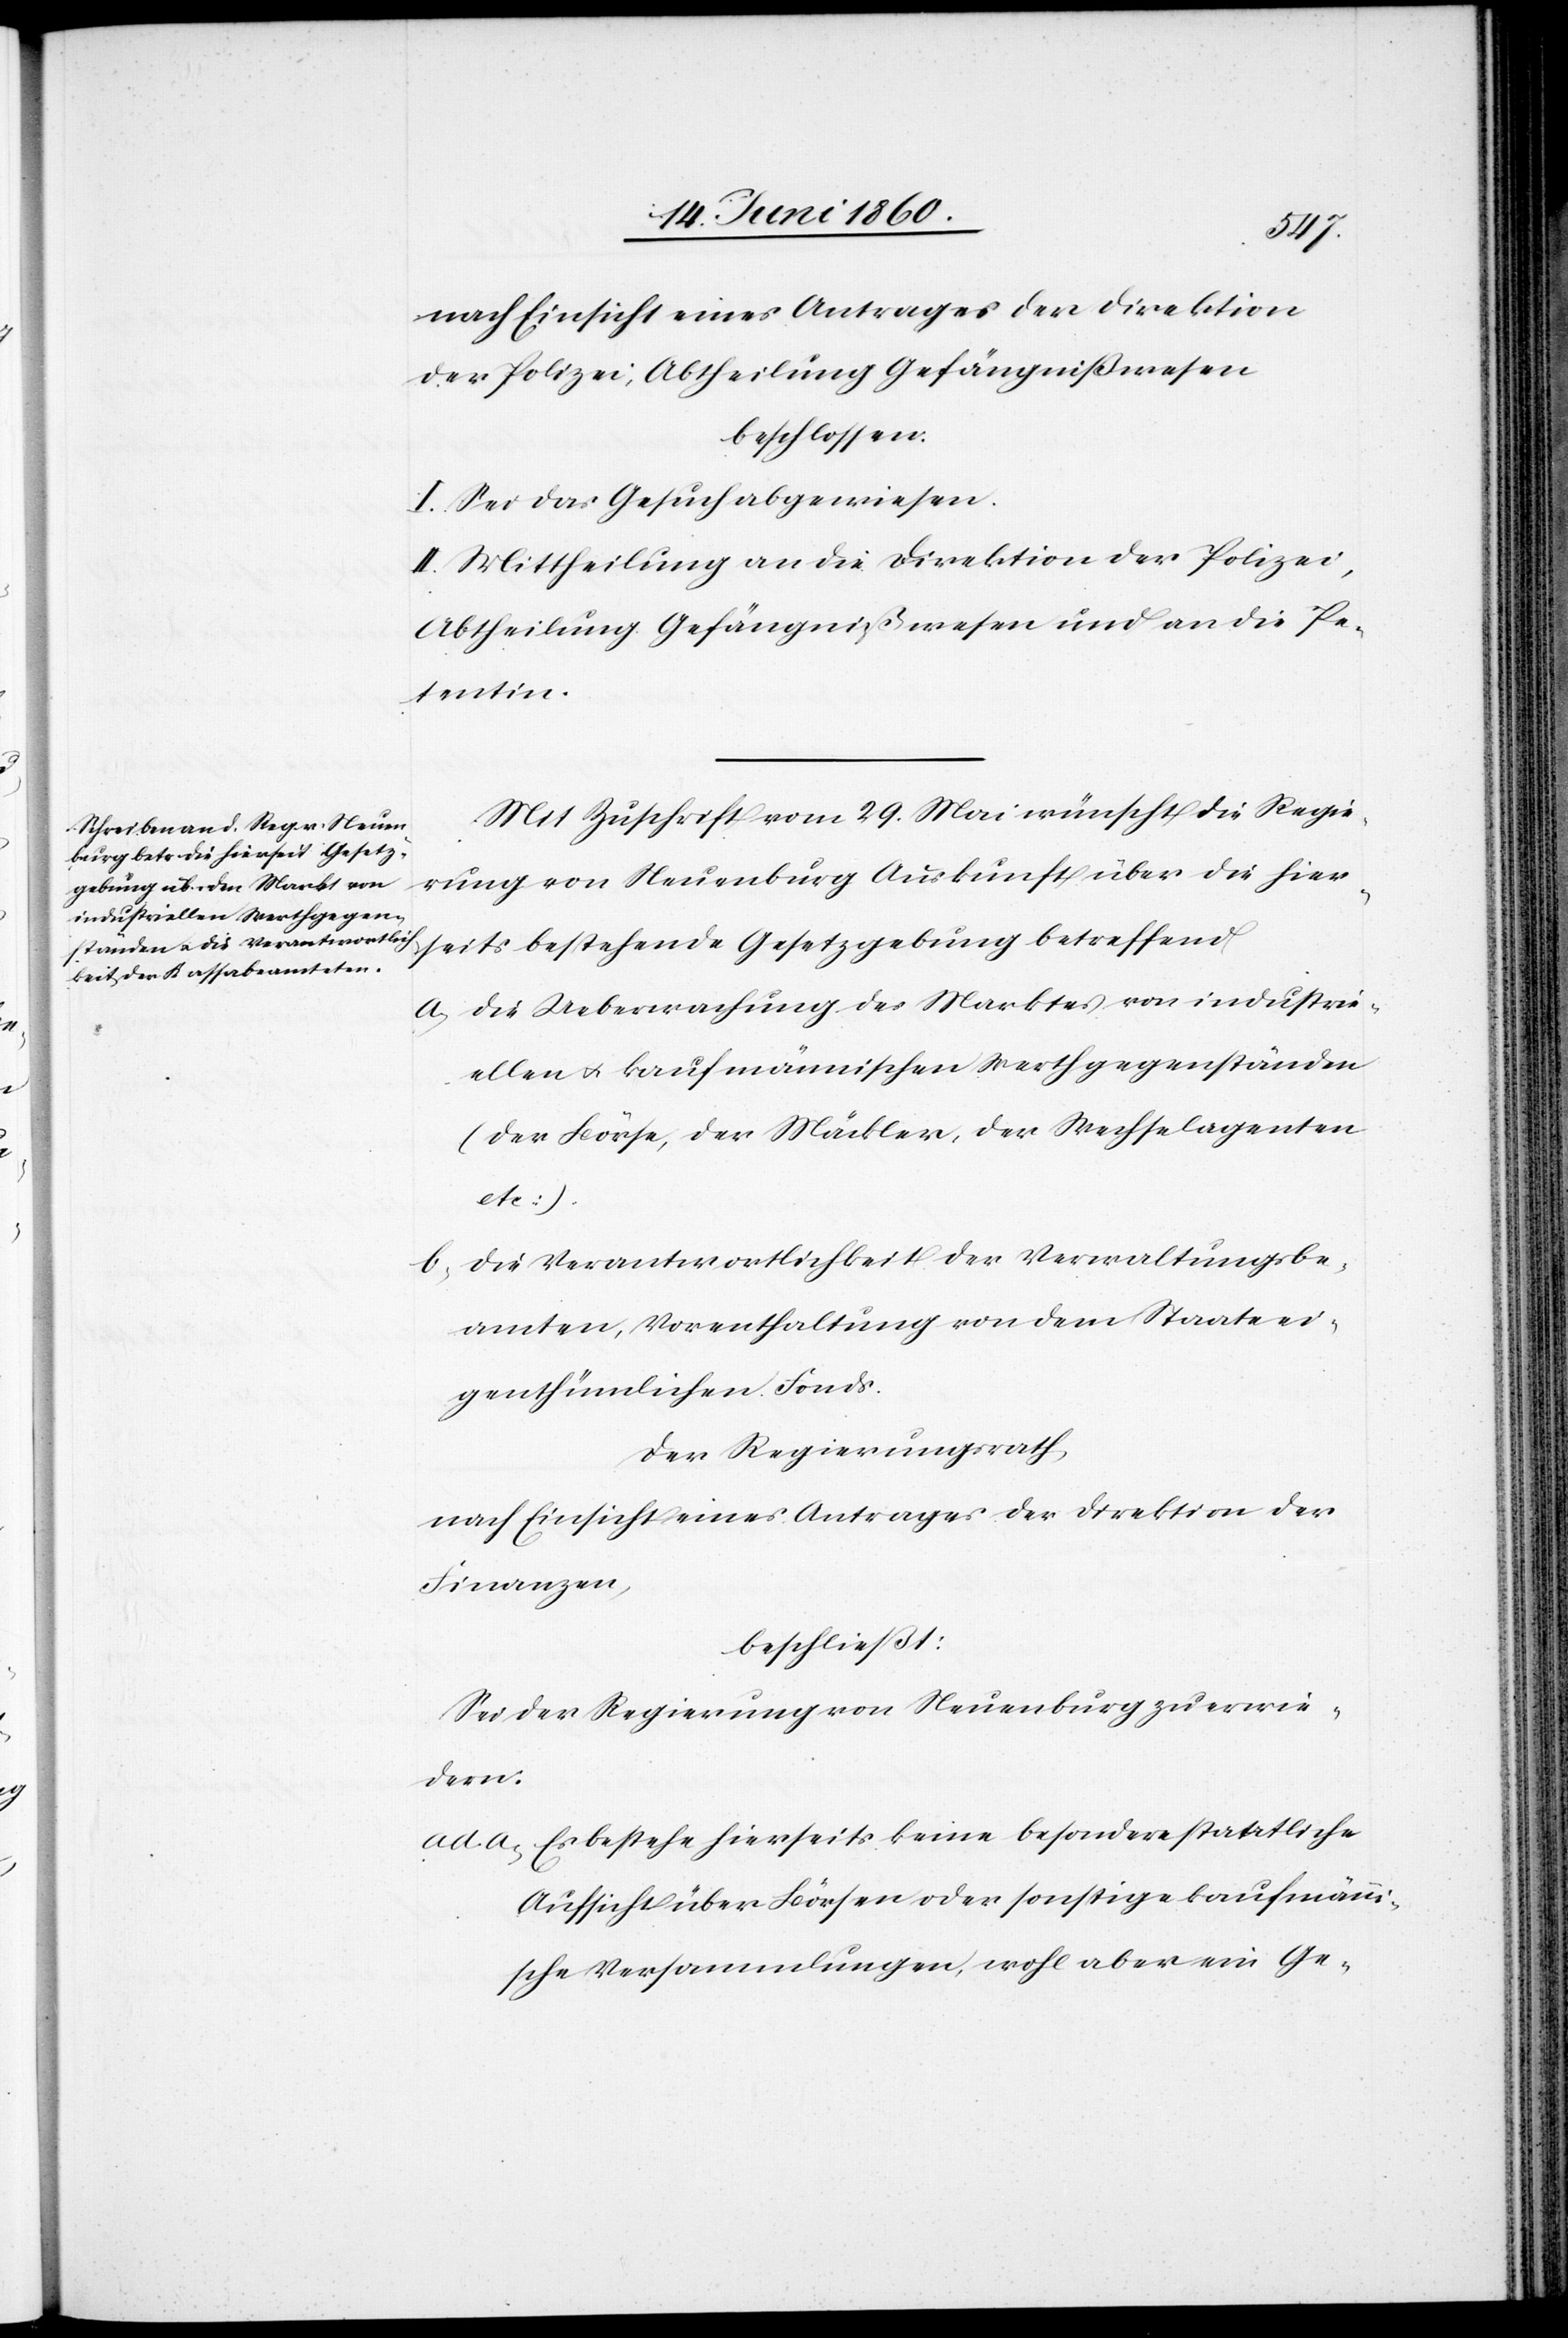
nach Einsicht eines Antrages der Direktion
der Polizei, Abtheilung Gefängnißwesen
beschlossen:
I. Sei das Gesuch abgewiesen.
II. Mittheilung an die Direktion der Polizei,
Abtheilung Gefängnißwesen und an die Pe¬
tentin.
Mit Zuschrift vom 29. Mai wünscht die Regie¬
rung von Neuenburg Auskunft über die hier¬
seits bestehende Gesetzgebung betreffend
a. die Ueberwachung des Marktes von industri¬
ellen u. kaufmännischen Werthgegenständen
(der Börse, der Mäkler, der Wechselagenten
etc.)
b. die Verantwortlichkeit der Verwaltungsbe¬
amten, Vorenthaltung von dem Staate ei¬
genthümlichen Fonds.
Der Regierungsrath,
nach Einsicht eines Antrages der Direktion der
Finanzen,
beschließt:
Sei der Regierung von Neuenburg zu erwie¬
dern:
ad a. Es bestehe hierseits keine besondere staatliche
Aufsicht über Börsen oder sonstige kaufmänni¬
sche Versammlungen, wohl aber ein Ge-